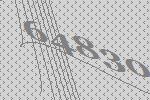
64830